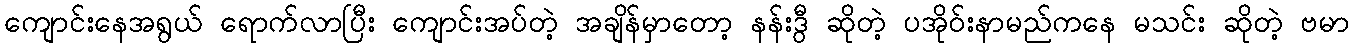
ကျောင်းနေအရွယ် ရောက်လာပြီး ကျောင်းအပ်တဲ့ အချိန်မှာတော့ နန်းဒွီ ဆိုတဲ့ ပအိုဝ်းနာမည်ကနေ မသင်း ဆိုတဲ့ ဗမာ